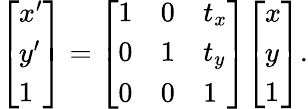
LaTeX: {\left[\begin{array}{l}{x^{\prime}}\\ {y^{\prime}}\\ {1}\end{array}\right]}={\left[\begin{array}{lll}{1}&{0}&{t_{x}}\\ {0}&{1}&{t_{y}}\\ {0}&{0}&{1}\end{array}\right]}{\left[\begin{array}{l}{x}\\ {y}\\ {1}\end{array}\right]}.